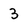
Character: 3